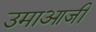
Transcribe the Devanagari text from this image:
उमाआजी